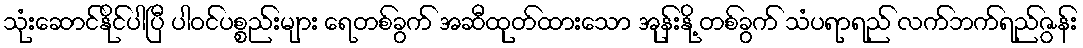
သုံးဆောင်နိုင်ပါပြီ ပါဝင်ပစ္စည်းများ ရေတစ်ခွက် အဆီထုတ်ထားသော အုန်းနို့ တစ်ခွက် သံပရာရည် လက်ဘက်ရည်ဇွန်း